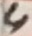
Text: 4